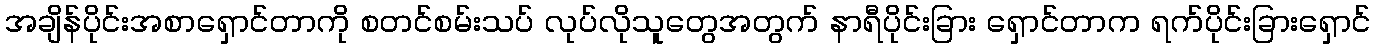
အချိန်ပိုင်းအစာရှောင်တာကို စတင်စမ်းသပ် လုပ်လိုသူတွေအတွက် နာရီပိုင်းခြား ရှောင်တာက ရက်ပိုင်းခြားရှောင်